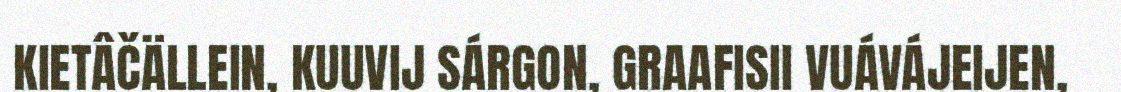
KIETÂČÄLLEIN, KUUVIJ SÁRGON, GRAAFISII VUÁVÁJEIJEN,